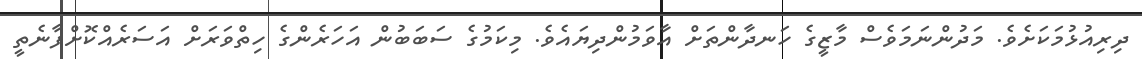
ދިރިއުޅުމަކަށެވެ. މަދުންނަމަވެސް މާޒީގެ ހަނދާންތަށް އާވަމުންދިޔައެވެ. މިކަމުގެ ސަބަބުން އަހަރެންގެ ހިތްވަރަށް އަސަރެއްކޮށްފާނެތީ